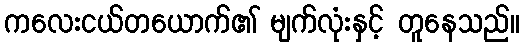
ကလေးငယ်တယောက်၏ မျက်လုံးနှင့် တူနေသည်။